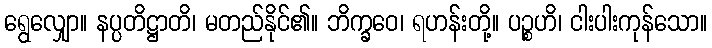
ရွေလျှော။ နပ္ပတိဋ္ဌာတိ၊ မတည်နိုင်၏။ ဘိက္ခဝေ၊ ရဟန်းတို့။ ပဉ္စဟိ၊ ငါးပါးကုန်သော။